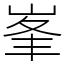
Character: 峯